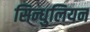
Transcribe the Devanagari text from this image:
सिन्धुलियन